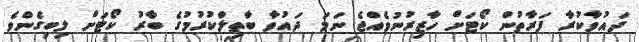
ދައުވާކުރާ ފަރާތުން ކޯޓަށް ހާޒިރުނުވެއްޖެ ނަމަ ދައުވާ ބާތިލްކުރުމުގެ ބާރު ކޯޓަށް ލިބިގެންވެ